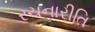
રચનારીતિ